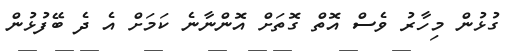
ގުޅުން މިހާރު ވެސް އޮތް ގޮތަށް އޮންނާނެ ކަމަށް އެ ދެ ބޭފުޅުން